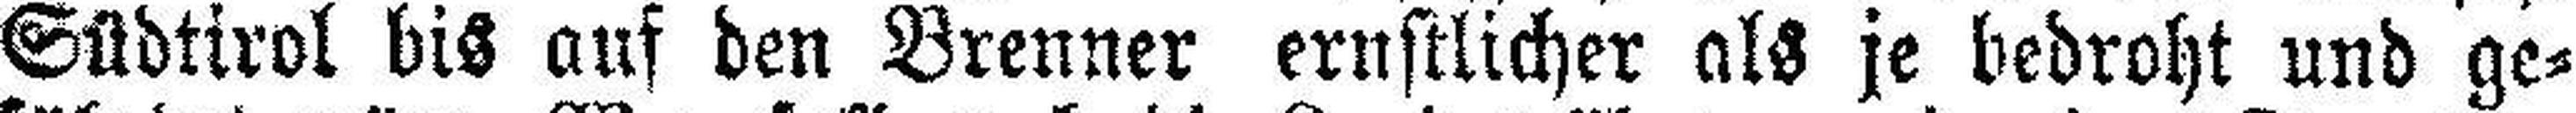
Südtirol bis auf den Brenner ernstlicher als je bedroht und ge¬